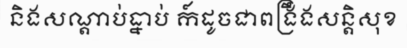
និងសណ្តាប់ធ្នាប់ ក៍ដូចជាពង្រឹងសន្តិសុខ